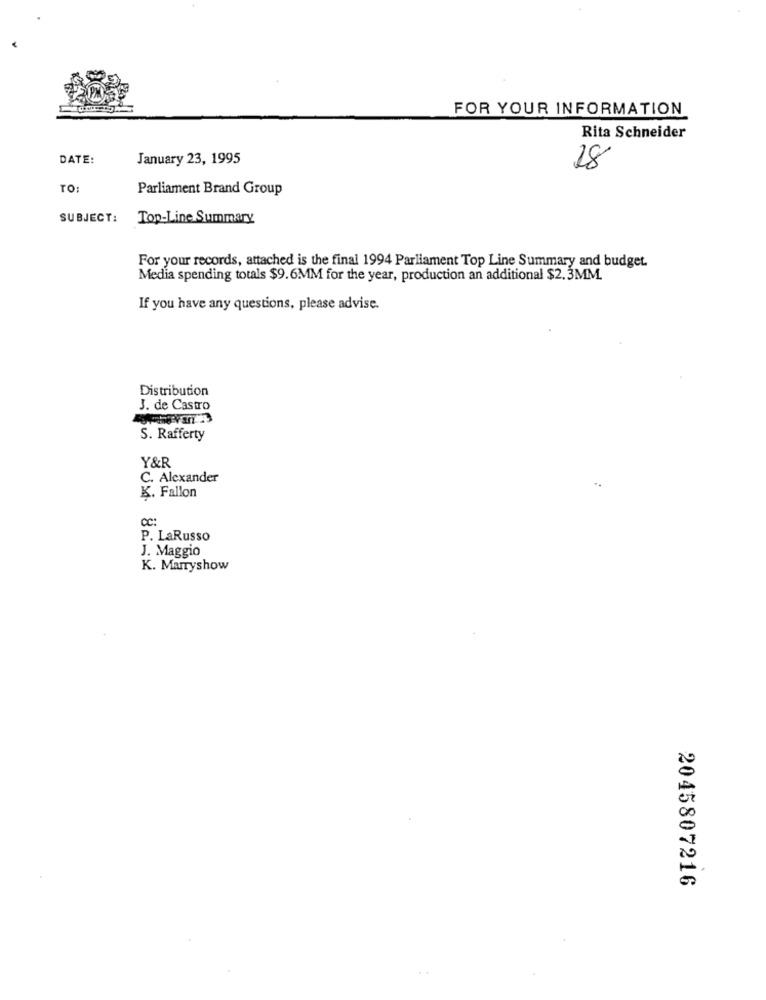
FOR YOUR INFORMATION
Rita Schneider
DATE:
January 23, 1995
18
To:
Parliament Brand Group
SUBJECT:
Top-Line Summary
For your records, attached is the final 1994 Parliament Top Line Summary and budget.
Media spending totals $9.6MM for the year, production an additional $2,3MM.
If you have any questions, please advise.
Distribution
J. de Castro
S. Rafferty
Y&R
C. Alexander
K. Fallon
CC:
P. LaRusso
J. Maggio
K. Marryshow
2045807216